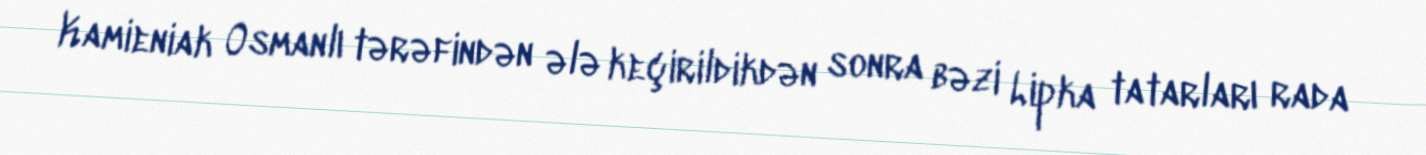
Kamieniak Osmanlı tərəfindən ələ keçirildikdən sonra bəzi Lipka tatarları rada